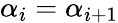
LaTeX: \alpha_{i}=\alpha_{i+1}